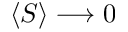
\langle S \rangle \longrightarrow 0